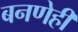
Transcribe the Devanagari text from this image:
बनणेही